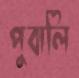
পুবালি